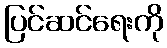
ပြင်ဆင်ရေးကို